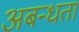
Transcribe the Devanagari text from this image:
अबन्धता